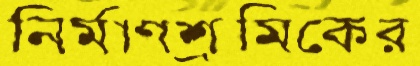
নির্মাণশ্রমিকের